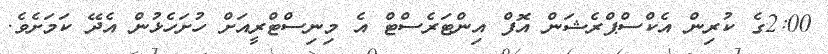
2:00ގެ ކުރިން އެކްސްޕްރެޝަން އޮފް އިންޓަރެސްޓް އެ މިނިސްޓްރީއަށް ހުށަހެޅުން އެދޭ ކަމަށެވެ.